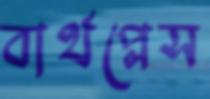
বার্থপ্লেস